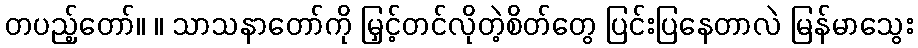
တပည့်တော်။ ။ သာသနာတော်ကို မြှင့်တင်လိုတဲ့စိတ်တွေ ပြင်းပြနေတာလဲ မြန်မာသွေး